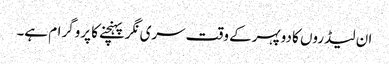
ان لیڈروں کا دوپہرکے وقت سری نگرپہنچنے کا پروگرام ہے۔